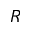
R